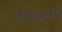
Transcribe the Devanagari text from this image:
अल्दमा